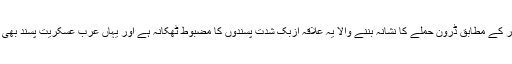
اس پاکستانی اہلکار کے مطابق ڈرون حملے کا نشانہ بننے والا یہ علاقہ ازبک شدت پسندوں کا مضبوط ٹھکانہ ہے اور یہاں عرب عسکریت پسند بھی موجود رہتے ہیں۔